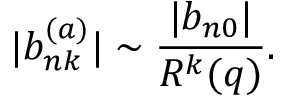
| b _ { n k } ^ { ( a ) } | \sim \frac { | b _ { n 0 } | } { R ^ { k } ( q ) } .